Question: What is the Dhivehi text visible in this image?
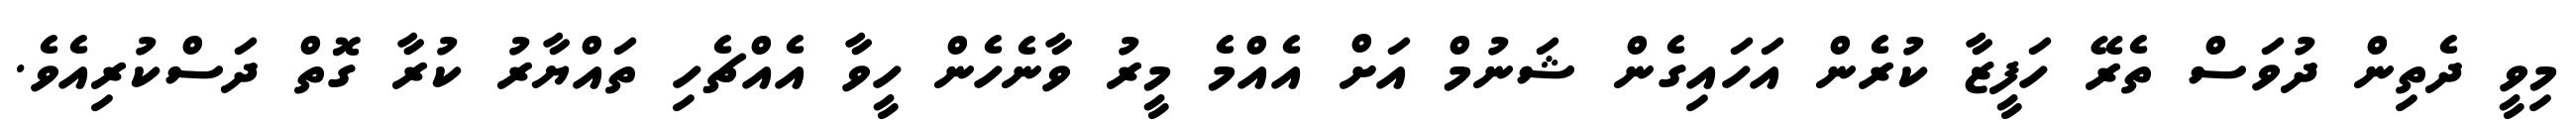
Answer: މިވީ ދެތިން ދުވަސް ތެރޭ ހަފީޒާ ކުރެން އަހައިގެން ޝަނުމް އަށް އެއްމެ މީރު ވާނެހެން ހީވާ އެއްޗެހި ތައްޔާރު ކުރާ ގޮތް ދަސްކުރިއެވެ.